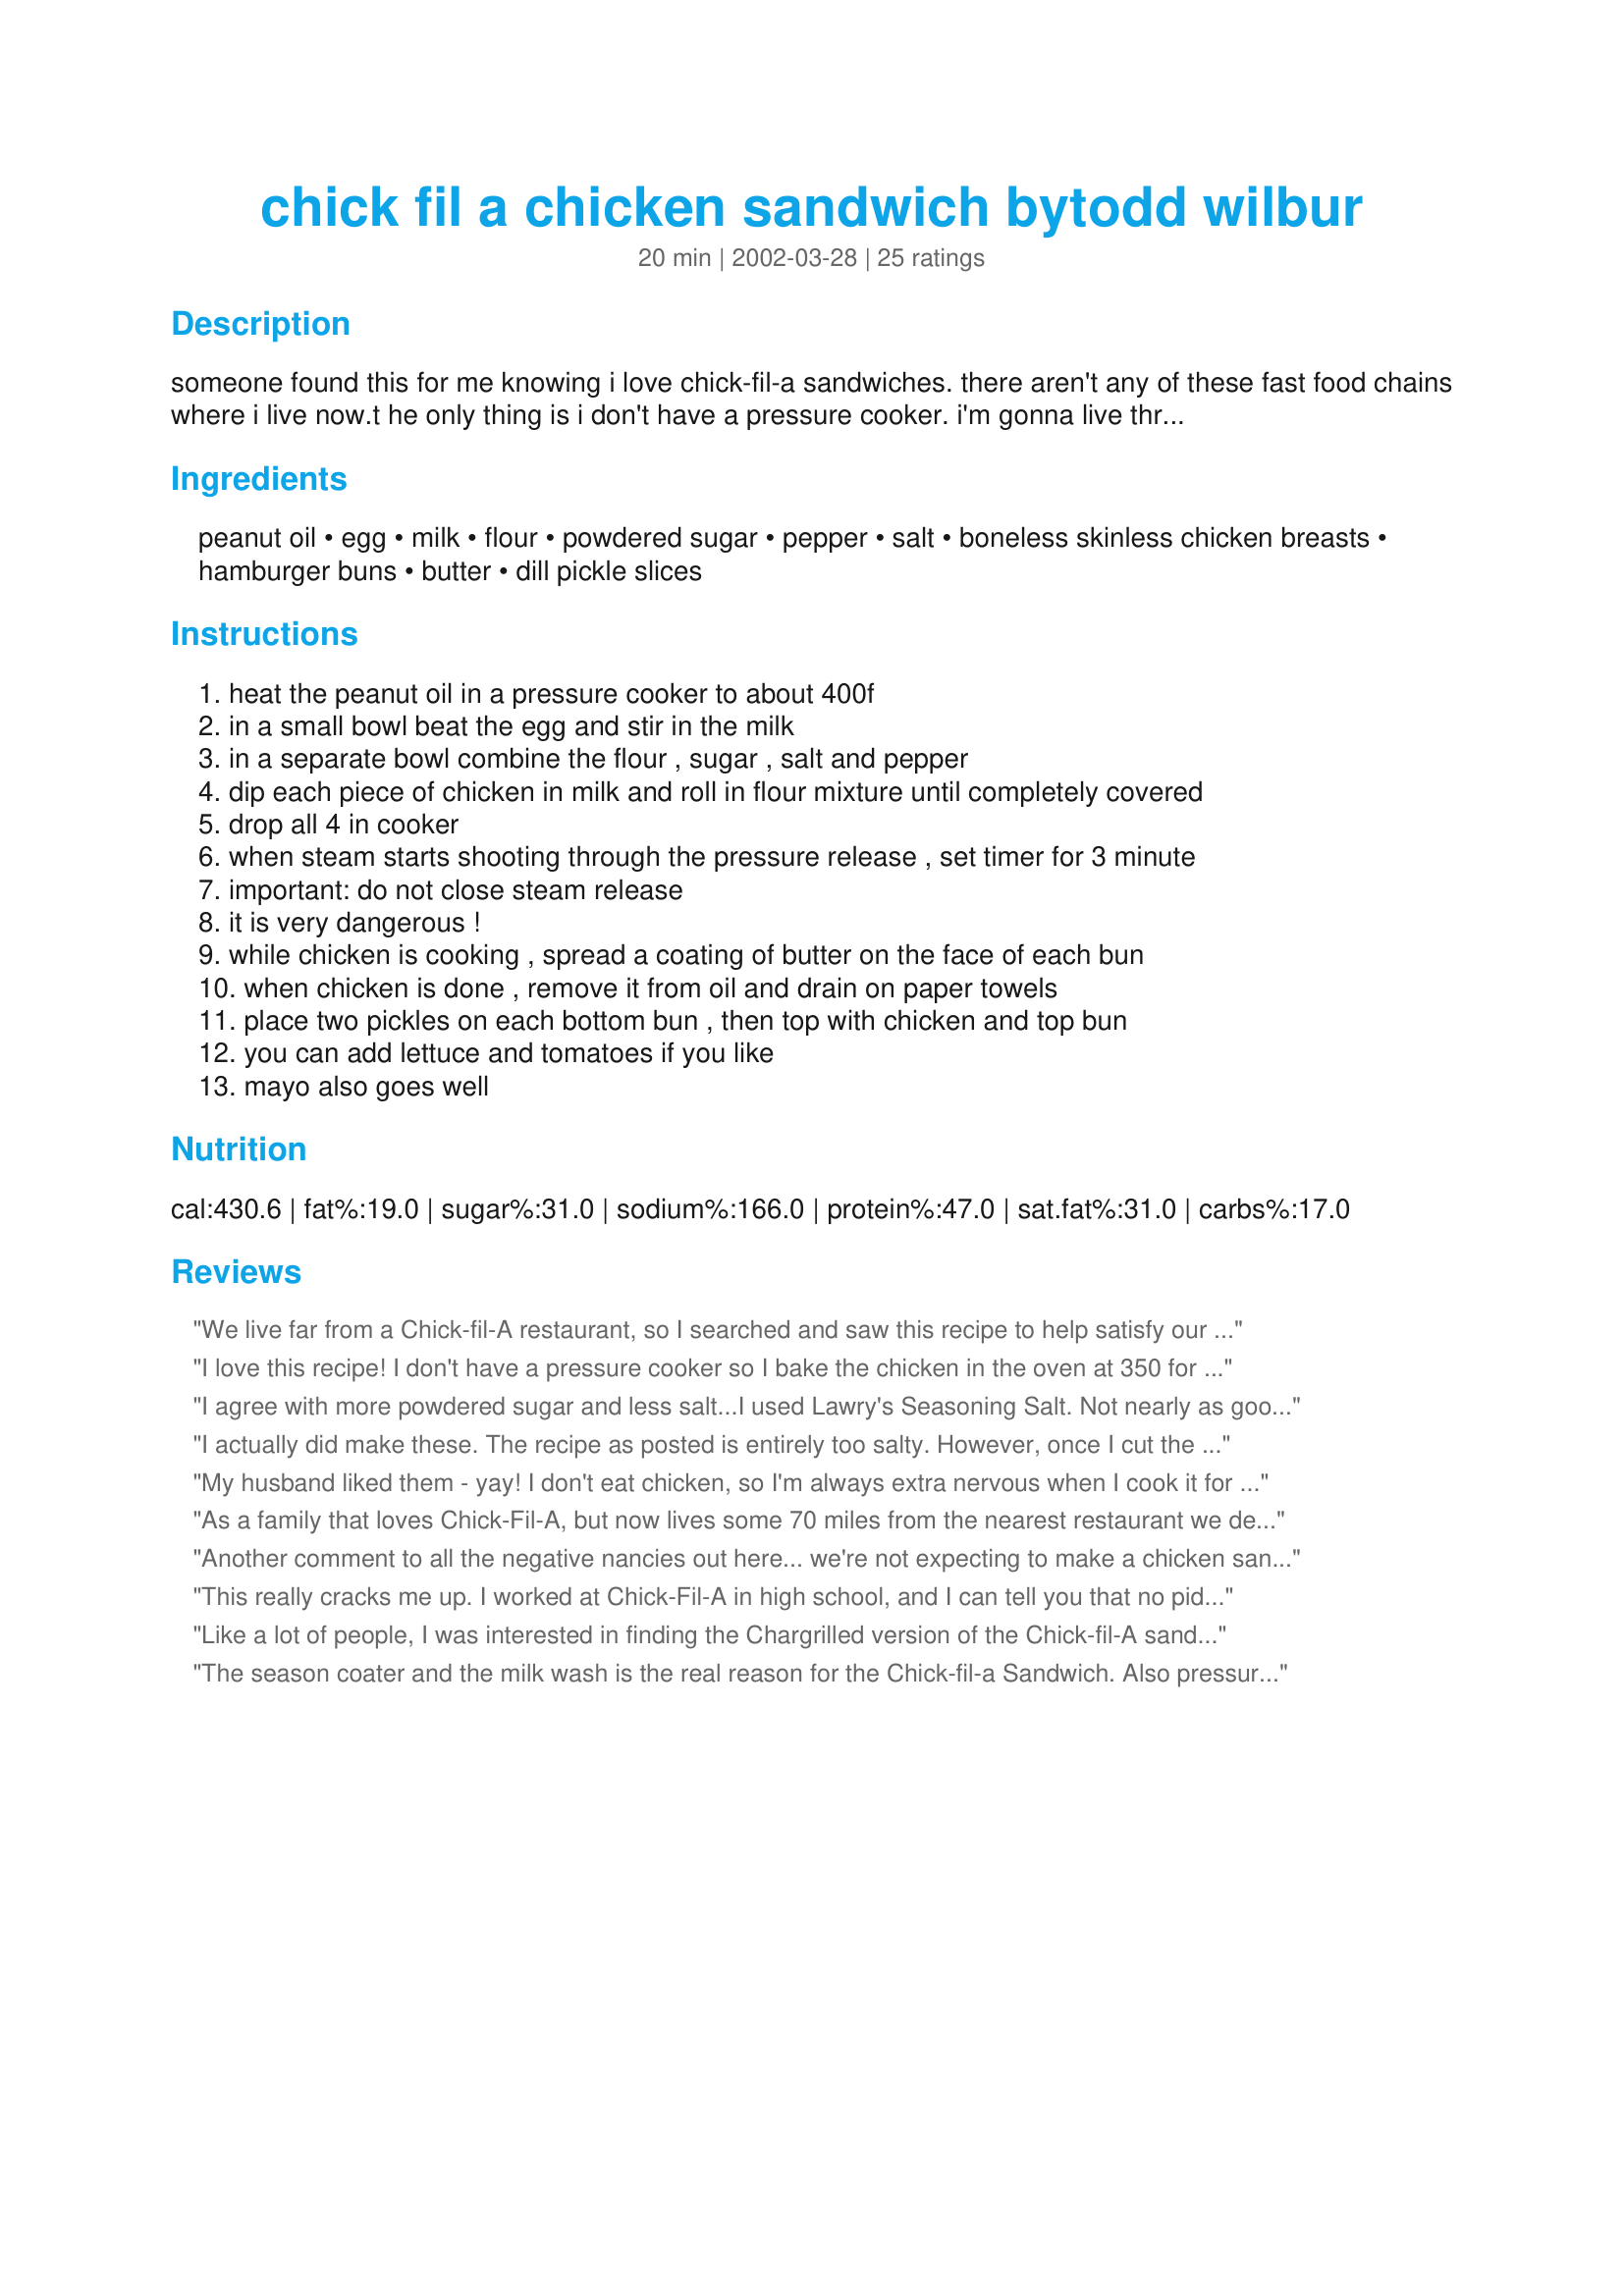
chick fil a chicken sandwich bytodd wilbur
Preparation time: 20 minutes

someone found this for me knowing i love chick-fil-a sandwiches. there aren't any of these fast food chains where i live now.t he only thing is i don't have a pressure cooker. i'm gonna live through you all, so try them and tell me what you think. this recipe is from todd wilbur's book top secret recipes.www.topsecretrecipes.com

Ingredients:
peanut oil, egg, milk, flour, powdered sugar, pepper, salt, boneless skinless chicken breasts, hamburger buns, butter, dill pickle slices

Steps:
heat the peanut oil in a pressure cooker to about 400f
in a small bowl beat the egg and stir in the milk
in a separate bowl combine the flour , sugar , salt and pepper
dip each piece of chicken in milk and roll in flour mixture until completely covered
drop all 4 in cooker
when steam starts shooting through the pressure release , set timer for 3 minute
important: do not close steam release
it is very dangerous !
while chicken is cooking , spread a coating of butter on the face of each bun
when chicken is done , remove it from oil and drain on paper towels
place two pickles on each bottom bun , then top with chicken and top bun
you can add lettuce and tomatoes if you like
mayo also goes well

Reviews:
We live far from a Chick-fil-A restaurant, so I searched and saw this recipe to help satisfy our craving. This recipe is not even close to the real thing! I followed the recipe with the following exceptions: marinated the chicken overnight in the egg/milk mixture and I let the chicken sit with the flour coating for about an hour to help make it stick better. I do have a pressure fryer. The flavors of the batter are wrong - not salty enough, not sweet enough, and there are flavors/spices that are missing. I also made some nuggets for my toddler - so the difference in texture of the coating was even more noticeably different. As far as being a "copycat" recipe - NO WAY! As far a being a decent chicken coating - no way as well - I have better recipes than this. I would not recommend this recipe to anyone. However, if anyone does want to try this, I do have one recommendation - just halving the chicken breast results in too big of a piece - I would quarter the chicken breast and pound it flat prior to coating so that it would fit better in the bun.
I love this recipe! I don't have a pressure cooker so I bake the chicken in the oven at 350 for about 20 min. This doesn't taste exactly like Chick-Fil-A cause I am baking it, but it does make a mean chicken sandwich! :D
I agree with more powdered sugar and less salt...I used Lawry's Seasoning Salt. Not nearly as good as Chick-Fil-A, but my son told me that was to be the standard for chicken fingers, etc going forward. We live in Atlanta, so many Chick-Fil-A options. This will help us afford the real thing more often, with a tasty homemade inexpensive version.
I actually did make these. The recipe as posted is entirely too salty. However, once I cut the salt down by half, it actually made a pretty decent fried chicken. However, these in no way tasted like Chik-fil-a. Still, if you're looking for something just a little different as a crust on your chicken fingers, this is pretty good.
My husband liked them - yay! I don't eat chicken, so I'm always extra nervous when I cook it for him; he said he definitely wants this one again! :) Note: the second instance of milk in the ingredients list seems to be redundant; the dipping liquid is the 1 cup of milk plus the egg. Also, I didn't use a pressure cooker, just pan fried them in the peanut oil.
As a family that loves Chick-Fil-A, but now lives some 70 miles from the nearest restaurant we decided to try this recipe. This is a 4 star recipe with changes. I agree with the previous poster. Cut most of the salt (down to 2 teaspoons) and add a lot more powdered sugar (3 Tablespoons). Also add about 1/2 teaspoon of paprika. It's not perfect, but awfully close. Of course there's no way you could make the real deal at home without committing burglary; however, you can get close enough to satisfy your cravings. One last thing, we do not have a pressure cooker/fryer. Frying in a heavy duty saucepan works fine; the chicken comes out a tad darker than the restaurant version, but still very tender if you don't overcook it.
Another comment to all the negative nancies out here... we're not expecting to make a chicken sandwich that is better than the original. We love the original so much, but many of us don't live near one of the restaurants. So we try to duplicate it at home. The rest of you who are trying to say we'll never make it as good... duh. Stop clogging up the site with your useless comments and let the rest of us get as close as we can.
This really cracks me up. I worked at Chick-Fil-A in high school, and I can tell you that no piddley "chicken flipper" knows the real recipe. The season coater comes in a pre-mixed bag, and you can't deduce from the list of ingredients on the bag how much of what is in there (there's flour, salt, pepper, sugar, paprika, etc.). The milk wash is a powder form of egg and milk, just add water. It kills me that these employees are talking like they have been sworn to secrecy or something. Keepers of the eternal chicken recipe--HA. They don't know the recipe any more than the next guy.
Like a lot of people, I was interested in finding the Chargrilled version of the Chick-fil-A sandwich and perfected it last night. Marinate your chicken in pickle juice overnight (I did mine for two days). The chicken absorbs the vinegar and makes it full of flavor and very tender. I then sprinkled a mixture of paprika, salt and pepper on each side of the filet and then grilled them in my George Foreman. They were excellent...tatsed just like the non-fried version. Even my husband (who typically goes for the fried sandwich) gobbled it up. This will be a staple in my house!
The season coater and the milk wash is the real reason for the Chick-fil-a Sandwich. Also pressure cooking the chicken helps as well. Sorry, as a former Chick-fil-A employee I can not tell, but the nutrition is SO WRONG! There are only 8 grams of fat in a sandwhich.
Awesome! Just like CFA Original sandwich! Three words: De Lish Ous!!!
This recipe is pretty good. The timing for the pressure cooker was perfect. I have never had such a perfectly fried piece of chicken. I followed the original before reading the reviews and agree the salt content was WAY to high. Next time I will follow the advice of other reviewers and drop the salt down to 2 tsp. I will also try increasing the sugar. I left out the butter on the bun, between the juice from the chicken and the grease from frying the sandwich was perfectly moist without adding butter. I think next time I will also try the paprika idea.
well, perhaps the overly self-confident chick-fil-a employee will tell us what the real recipe is then.
I have tried this recipe and found these suggestions- it should be 2 teaspoons of salt and make the powdered sugar 3 Tablespoons.

Don't use any butter on the bread (that is Arby's!) Also in order to get the copycat flavor of Chick fil a you need to double batter it or even triple batter it, This works better at giving you the flavor you want.

As one person stated they use powdered milk at the store (that is because keeping fresh milk around to make the chicken would be less cost effective!!)but you can purchase powdered milk in your grocery store so either way milk is milk wether dehydrated or fresh.
Well, I know nothing about chic-fil-a, never had one. But the fat content is so high because the entire three cups used for deep-frying is used for the nutritional information. It is just a computer application that figures that out, it spits out what you put in, and if you put in 3 cups for four servings, you get 3/4 cup of fat as being included in each sandwich (ewww!).

Kinda wonder about those 2 tablespoons of salt too, that is alot of salt for four little sandwiches. Think this one needs to go back to the drawing board.
As a Asst. Manager of a Chick-fil-A I agree with the comments that state that there isn't a way to tell what is exactly in the ingredents. There isn't any one out there that will ever make a chicken Sandwich better than a original Chick-fil-A Sandwich... So stop trying...
Secret tip... soak the chicken breast in the pickle juice for a bit... I think you'll be pleasantly surprised just how much like the real thing it tastes like (do it even if you HATE pickles)... also, skip the egg wash and lighten up on the salt
I am a little confused,has anyone actually tried this chicken sandwich?I posted it in hopes that someone would actually try it and let me know how it tastes,chick fil a genuine or not.I hope I haven't offended the chick fil a chef who seems to know it all about the chicken sandwich in question,I just love chick fil a and thought that someone else might like to try to re-create the magic,I guess I should be punished for posting this one!!
This recipe needs doctoring. WAY too much salt. As some have said, it should be more like 2 teaspoons. And also the pickle juice soak is so important!!!<br/><br/>I made a vegan version using Gardein chick'n scallopini. Marinated it in pickle juice for a few hours, and then dipped and rolled using soy milk and EnerG egg replacer. The dry mix was great, except for the entirely too much salt. Not having a pressure cooker, I fried it stove-top for a bit to get the breading to stick, and then broiled it until it looked like it needed to be broiled no more! It was super yummy, and satisfied my vegan/ no-longer-living-in-the-south/ aren't-I-supposed-to-be-protesting-them-as-a-homosexual-anyway urges!
Seeing as how I am employeed at a Chcik-fil-A, you have gotten the secret recipe wrong, sorry you will have to try again.
This recipe was created by Todd Wilbur for his book "Top Secret Recipes" (Penguin/Putnam 1993)
I'm always looking for ways to replicate some of our favorite meals out in my own kitchen...we are on a tight budget...I followed the recipe (and also the suggestion to reduce the salt to 2 tsp, but also adding the seasoned salt + paprika) and cut the chicken breasts into bite sized pieces for "nuggets" and pan fried vs used our pressure cooker (since ours is not a fryer). While this was not the "real deal," my family and I were pleasantly surprised at the similarity in flavor and gobbled up the equivalent of a small nugget platter for their lunch today! It took 3 large breast halves.... so for about $5, we had a good hot treat. Thank You crawfish pie for posting such a wonderful idea!
Too sweet, but did go ok with a strong sauce - BBQ or hot & sweet mustard. The kid did eat them. I think I would cut the sugar in 1/2 if I would try again.
Haven't tried the above recipes, but as a former Chik-Fil-A employee (in the late 70's, early 80's), I can attest to the fact the I DID have to sign a confidentiality agreement, as all recipes were at that time made from scrath, recipes boards lined the walls of the kitchen/prep areas. I did have a close to original recipe at one point, but in a move, lost my recipes. The seasoning mix didn't come in a bag, and the milk wash was just that, chicken marinated in deep pans in the refrigerators all night. Pressure frying is the big difference in texture and looks of the chicken...and to whoever it was that said Arby's butters their buns....you may be right, but all Chik-Fil-A buns are rolled with melted butter, before the chicken is added to the sandwich.
I reduced the amount of salt to 2 1/2 Teaspoons, plus added 1/4 teaspoon Paprika and 2 1/2 teaspoons of McCormick's Season All. I know this isn't the exact recipe but it sure is close. Even my two kids, who are Chick-fil-a experts thought it was pretty close. I also marinated the chicken (which I cut into bite-size pieces)for 5 hours in the egg/milk mixture. Easy, quick and a family pleaser!
